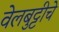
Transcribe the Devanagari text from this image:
वेलबुट्टीचे